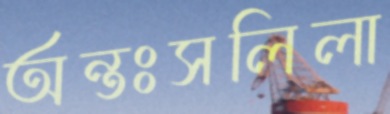
অন্তঃসলিলা